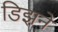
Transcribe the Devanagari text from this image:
डिझने